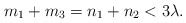
\begin{align*}m_1+m_3=n_1+n_2<3 \lambda.\end{align*}